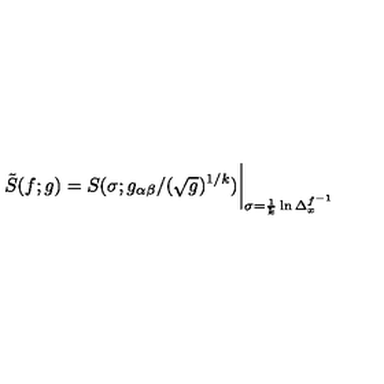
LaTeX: \tilde { S } ( f ; g ) = S ( \sigma ; g _ { \alpha \beta } / ( \sqrt { g } ) ^ { 1 / k } ) \bigg \vert _ { \sigma = \frac { 1 } { k } \ln \Delta _ { x } ^ { f ^ { - 1 } } }